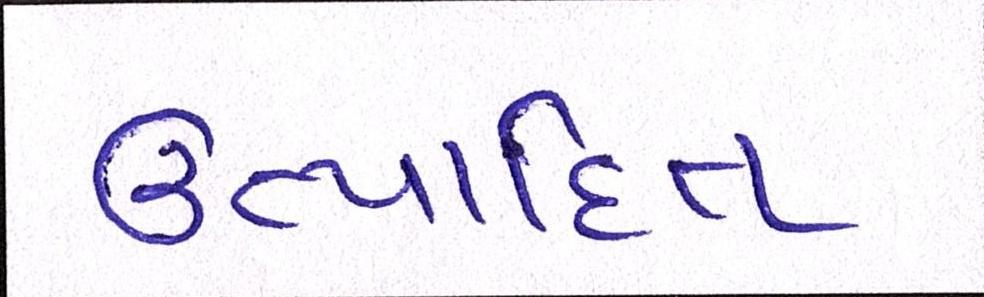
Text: ઉત્પાદિત